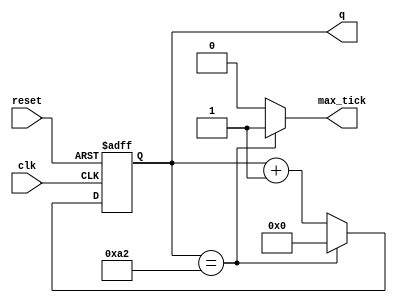
module baud_rate_gen 
  #( 
        parameter NB =   9,  // number of bits in counter 
        parameter  M = 163   // mod-M 
    )
    ( 
        input                clk,
        input              reset, 
        output          max_tick, 
        output  [NB-1:0]       q 
    ); 

    //signal declaration 
    reg  [NB-1:0]  r_reg ; 
    wire [NB-1:0] r_next ;

    // body 
    // register 
    always @ (posedge clk , posedge reset)begin
        if (reset) 
            r_reg <= 0; 
        else 
            r_reg <= r_next;    
    end

    // next-state logic 
    assign r_next = (r_reg==(M-1)) ? 0 : r_reg + 1; 
    // output logic 
    assign q = r_reg; 
    assign max_tick = (r_reg==(M-1)) ? 1'b1 : 1'b0; 

endmodule